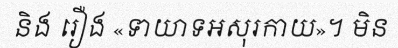
និង រឿង «ទាយាទអសុរកាយ»។ មិន